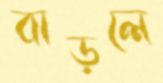
বাড়লে